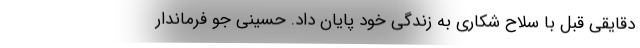
دقایقی قبل با سلاح شکاری به زندگی خود پایان داد. حسینی جو فرماندار